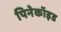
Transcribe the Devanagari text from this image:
पिनेकॉइड